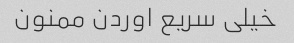
خیلی سریع اوردن ممنون